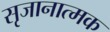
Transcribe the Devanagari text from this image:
सृजानात्मक